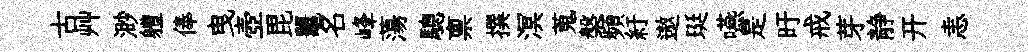
古艸渺軆俸曳壺毘鼉名峰蕩驄禀撰溟蒐槃頻紆遨珽嚥是旴戒芽静开恚